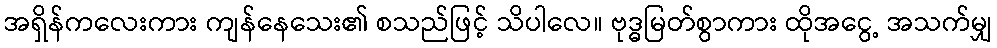
အရှိန်ကလေးကား ကျန်နေသေး၏ စသည်ဖြင့် သိပါလေ။ ဗုဒ္ဓမြတ်စွာကား ထိုအငွေ့ အသက်မျှ